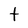
Character: t